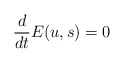
\begin{align*}\frac{d}{dt}E(u,s)=0 \end{align*}